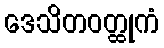
ဒေသိတဝတ္ထုကံ